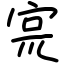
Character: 宺